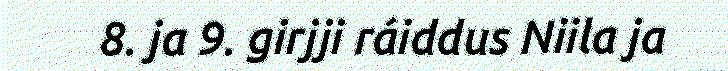
8. ja 9. girjji ráiddus Niila ja